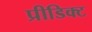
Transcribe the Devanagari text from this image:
प्रीडिक्ट